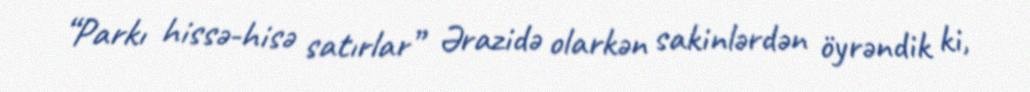
“Parkı hissə-hisə satırlar” Ərazidə olarkən sakinlərdən öyrəndik ki,